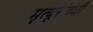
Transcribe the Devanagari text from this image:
मृत्यूसंबंधी